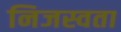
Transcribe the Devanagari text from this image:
निजस्वता